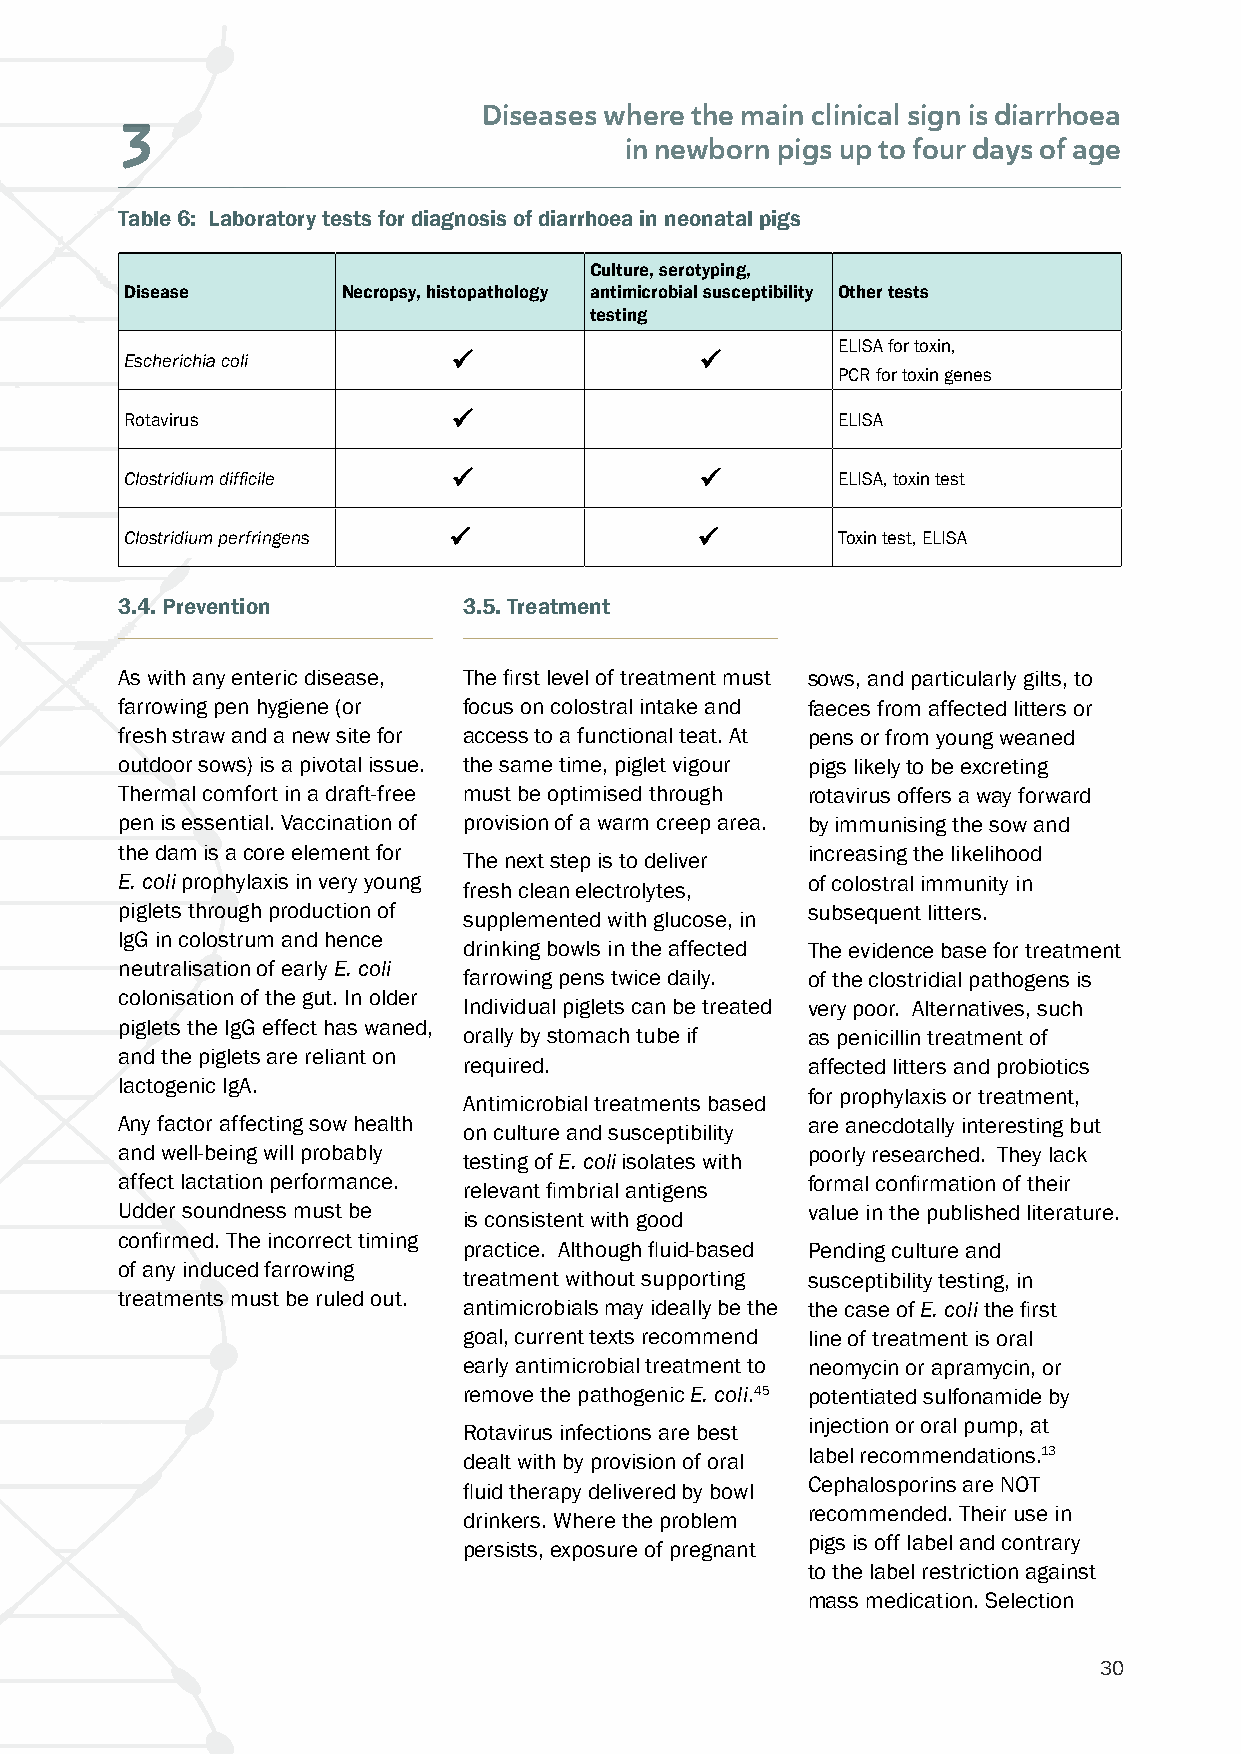
Diseases where the main clinical sign is diarrhoea
 3
 in newborn pigs up to four days of age
 Table 6: Laboratory tests for diagnosis of diarrhoea in neonatal pigs
 Culture, serotyping,
 Disease        Necropsy, histopathology antimicrobial susceptibility Other tests
 testing
 ELISA for toxin,
 Escherichia coli                    
 PCR for toxin genes
 Rotavirus                                    ELISA
 Clostridium difficile                      ELISA, toxin test
 Clostridium perfringens                    Toxin test, ELISA
 3.4. Prevention        3.5. Treatment
 As with any enteric disease, The first level of treatment must sows, and particularly gilts, to
 farrowing pen hygiene (or focus on colostral intake and faeces from affected litters or
 fresh straw and a new site for access to a functional teat. At pens or from young weaned
 outdoor sows) is a pivotal issue. the same time, piglet vigour pigs likely to be excreting
 Thermal comfort in a draft-free must be optimised through rotavirus offers a way forward
 pen is essential. Vaccination of provision of a warm creep area. by immunising the sow and
 the dam is a core element for                increasing the likelihood
 The next step is to deliver
 E. coli prophylaxis in very young            of colostral immunity in
 fresh clean electrolytes,
 piglets through production of                subsequent litters.
 supplemented with glucose, in
 IgG in colostrum and hence
 drinking bowls in the affected The evidence base for treatment
 neutralisation of early E. coli
 farrowing pens twice daily. of the clostridial pathogens is
 colonisation of the gut. In older
 Individual piglets can be treated very poor. Alternatives, such
 piglets the IgG effect has waned,
 orally by stomach tube if as penicillin treatment of
 and the piglets are reliant on
 required.             affected litters and probiotics
 lactogenic IgA.
 for prophylaxis or treatment,
 Antimicrobial treatments based
 Any factor affecting sow health              are anecdotally interesting but
 on culture and susceptibility
 and well-being will probably                 poorly researched. They lack
 testing of E. coli isolates with
 affect lactation performance.                formal confirmation of their
 relevant fimbrial antigens
 Udder soundness must be                      value in the published literature.
 is consistent with good
 confirmed. The incorrect timing
 practice. Although fluid-based Pending culture and
 of any induced farrowing
 treatment without supporting susceptibility testing, in
 treatments must be ruled out.
 antimicrobials may ideally be the the case of E. coli the first
 goal, current texts recommend line of treatment is oral
 early antimicrobial treatment to neomycin or apramycin, or
 remove the pathogenic E. coli.45 potentiated sulfonamide by
 injection or oral pump, at
 Rotavirus infections are best
 label recommendations.13
 dealt with by provision of oral
 Cephalosporins are NOT
 fluid therapy delivered by bowl
 recommended. Their use in
 drinkers. Where the problem
 pigs is off label and contrary
 persists, exposure of pregnant
 to the label restriction against
 mass medication. Selection
 30